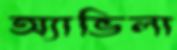
অ্যাভিলা